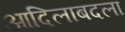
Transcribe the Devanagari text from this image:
आदिलाबदला